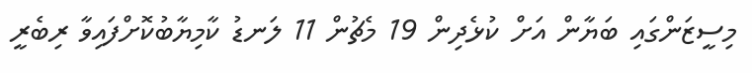
މިސީޒަންގައި ބަޔާން އަށް ކުޅެދިން 19 މެޗުން 11 ލަނޑު ކާމިޔާބުކޮށްފައިވާ ރިބެރީ